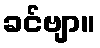
ခင်ဗျာ။